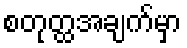
စတုတ္ထအချက်မှာ